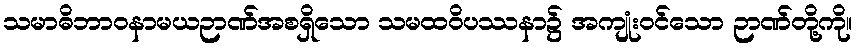
သမာဓိဘာဝနာမယဉာဏ်အစရှိသော သမထဝိပဿနာ၌ အကျုံးဝင်သော ဉာဏ်တို့ကို။